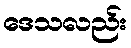
ဒေသလည်း